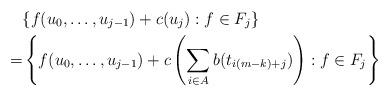
LaTeX: \begin{align*}&\{f(u_0,\dots,u_{j-1})+c(u_j):f\in F_j\}\\=&\left\{f(u_0,\dots,u_{j-1})+c\left(\sum_{i\in A}b(t_{i(m-k)+j})\right):f\in F_j\right\}\end{align*}